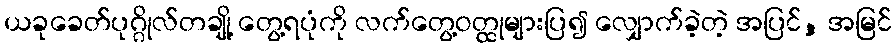
ယခုခေတ်ပုဂ္ဂိုလ်တချို့ တွေ့ရပုံကို လက်တွေ့ဝတ္ထုများပြ၍ လျှောက်ခဲ့တဲ့ အပြင်, အမြင်